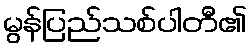
မွန်ပြည်သစ်ပါတီ၏